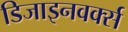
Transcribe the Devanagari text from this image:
डिजाइनवर्क्स